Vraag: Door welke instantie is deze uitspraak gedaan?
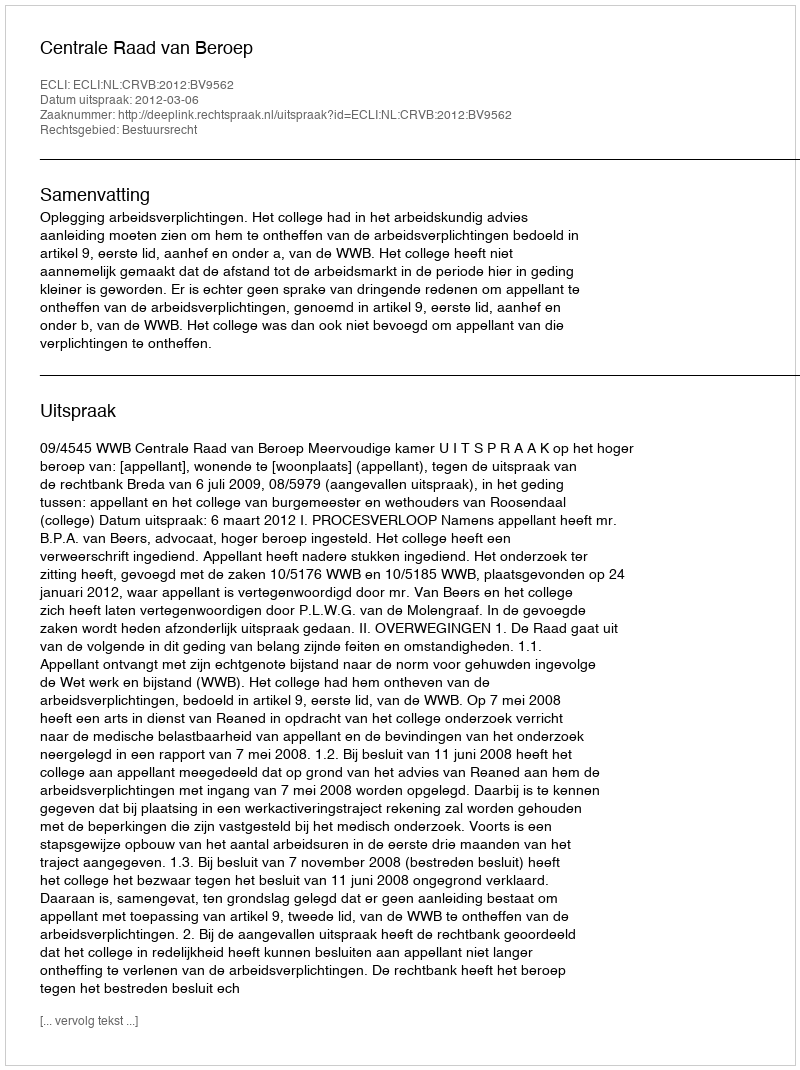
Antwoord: Centrale Raad van Beroep